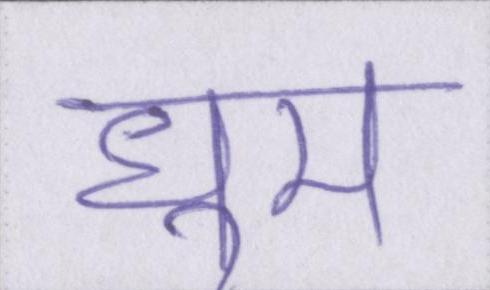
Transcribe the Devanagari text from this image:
धूम